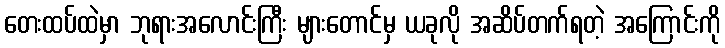
တေးထပ်ထဲမှာ ဘုရားအလောင်းကြီး များတောင်မှ ယခုလို အဆိပ်တက်ရတဲ့ အကြောင်းကို